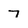
Character: 7